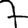
Digit: 7